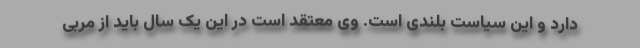
دارد و این سیاست بلندی است. وی معتقد است در این یک سال باید از مربی